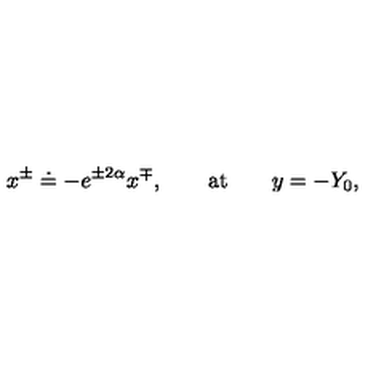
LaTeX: x ^ { \pm } \doteq - e ^ { \pm 2 \alpha } x ^ { \mp } , \qquad \mathrm { a t } \qquad y = - Y _ { 0 } ,